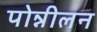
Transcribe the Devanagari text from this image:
पोन्नीलन